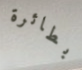
بطائرة